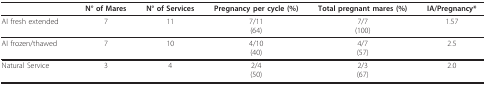
|  | N° of Mares | N° of Services | Pregnancy per cycle (%) | Total pregnant mares (%) | IA/Pregnancy* |
 | --- | --- | --- | --- | --- | --- |
 | AI fresh extended | 7 | 11 | 7/11(64) | 7/7(100) | 1.57 |
 | AI frozen/thawed | 7 | 10 | 4/10(40) | 4/7(57) | 2.5 |
 | Natural Service | 3 | 4 | 2/4(50) | 2/3(67) | 2.0 |